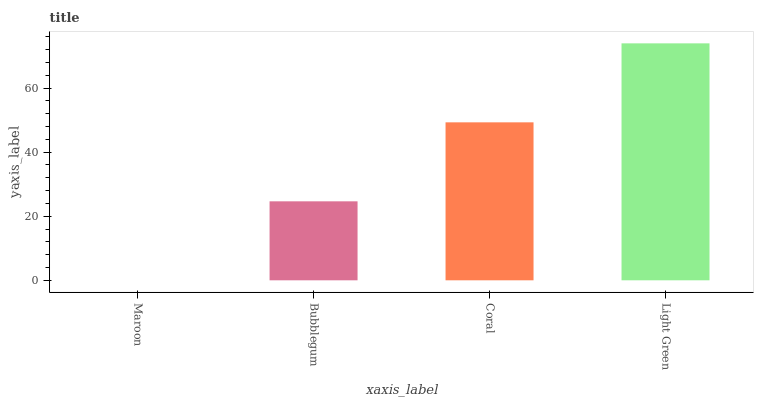
| xaxis_label | bars |
 | --- | --- |
 | Maroon | 0 |
 | Bubblegum | 24.7 |
 | Coral | 49.3 |
 | Light Green | 74 |